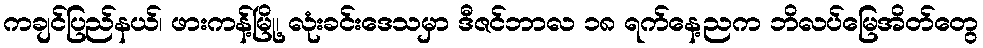
ကချင်ပြည်နယ်၊ ဖားကန့်မြို့၊ လုံးခင်းဒေသမှာ ဒီဇင်ဘာလ ၁၈ ရက်နေ့ညက ဘိလပ်မြေအိတ်တွေ